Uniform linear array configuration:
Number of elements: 8
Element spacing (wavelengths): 0.5
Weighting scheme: kaiser
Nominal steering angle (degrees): -15
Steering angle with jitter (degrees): -14.323
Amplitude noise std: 0.05
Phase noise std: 0.05

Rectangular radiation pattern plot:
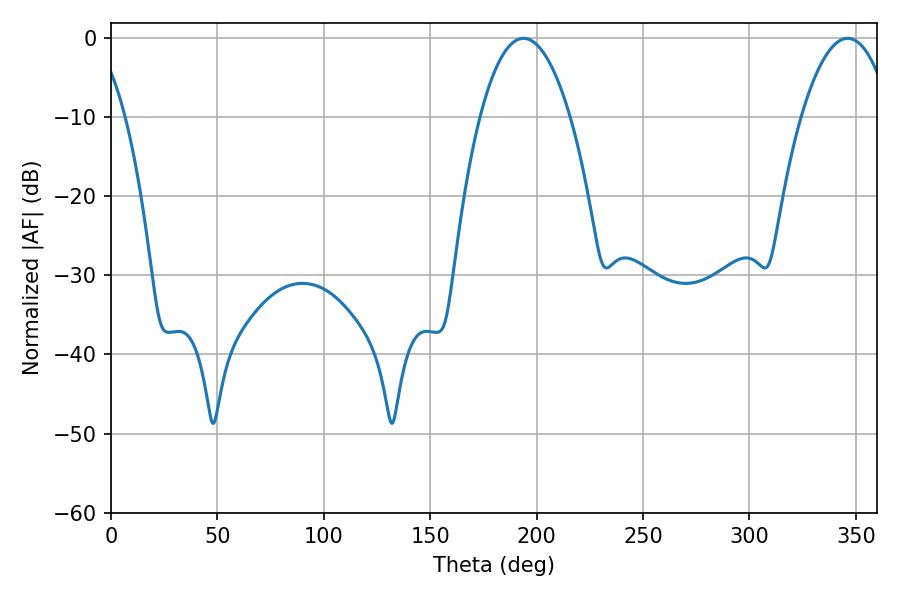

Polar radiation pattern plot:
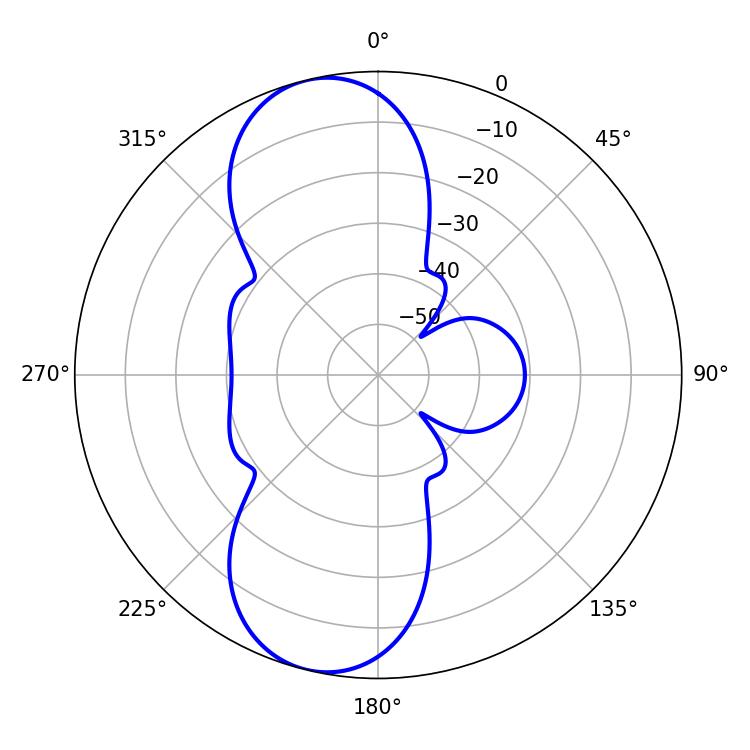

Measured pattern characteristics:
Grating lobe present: FALSE
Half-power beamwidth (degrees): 23.4
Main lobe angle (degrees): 346.14